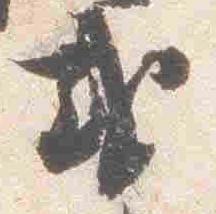
或